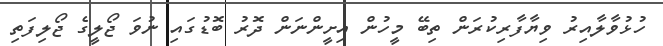
ހުޅުވާލާއިރު ވިޔާފާރިކުރަން ތިބޭ މީހުން އިށީންނަން ދޮރު ބޮޑުގައި ނުވަ ޖޯލީގެ ޖޯލިފަތި